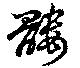
髏